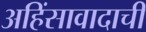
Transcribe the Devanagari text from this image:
अहिंसावादाची